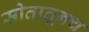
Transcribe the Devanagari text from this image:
स्रोतातूनच